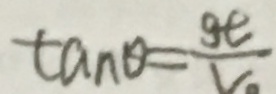
\tan \theta = \frac { g e } { V _ { 0 } }